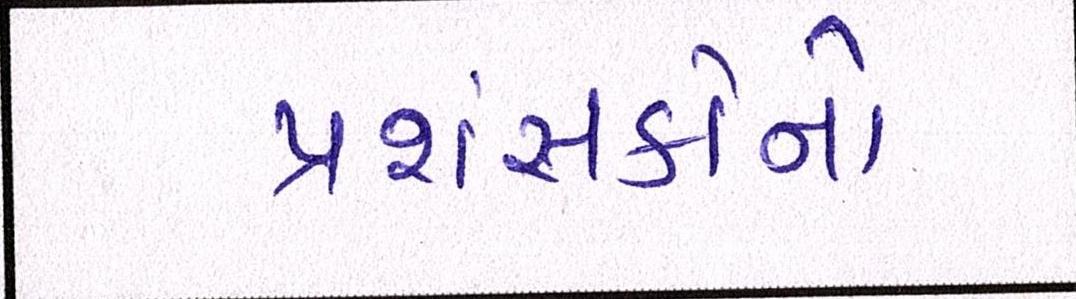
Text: પ્રશંસકોનો